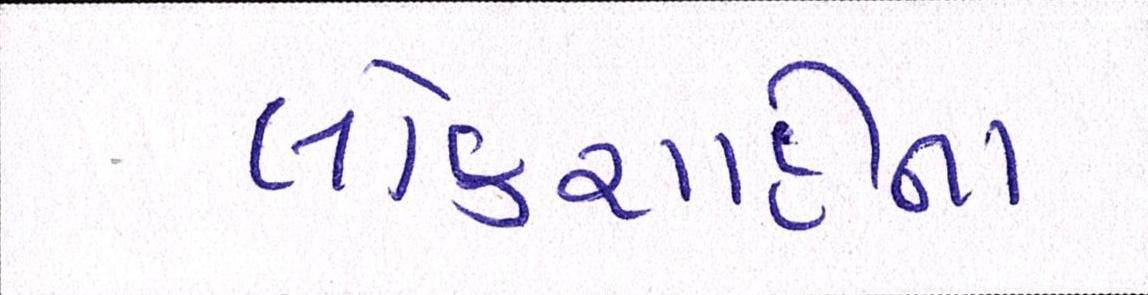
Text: લોકશાહીના